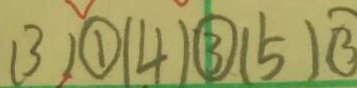
( 3 ) \textcircled { 1 } ( 4 ) \textcircled { 3 } ( 5 ) \textcircled { 3 }